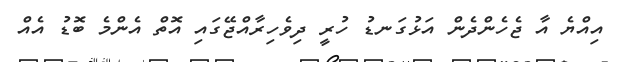
އިއްޔެ އާ ޖެހެންދެން އަޅުގަނޑު ހުރީ ދިވެހިރާއްޖޭގައި އޮތް އެންމެ ބޮޑު އެއް